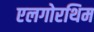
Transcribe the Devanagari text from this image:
एलगोरथिम